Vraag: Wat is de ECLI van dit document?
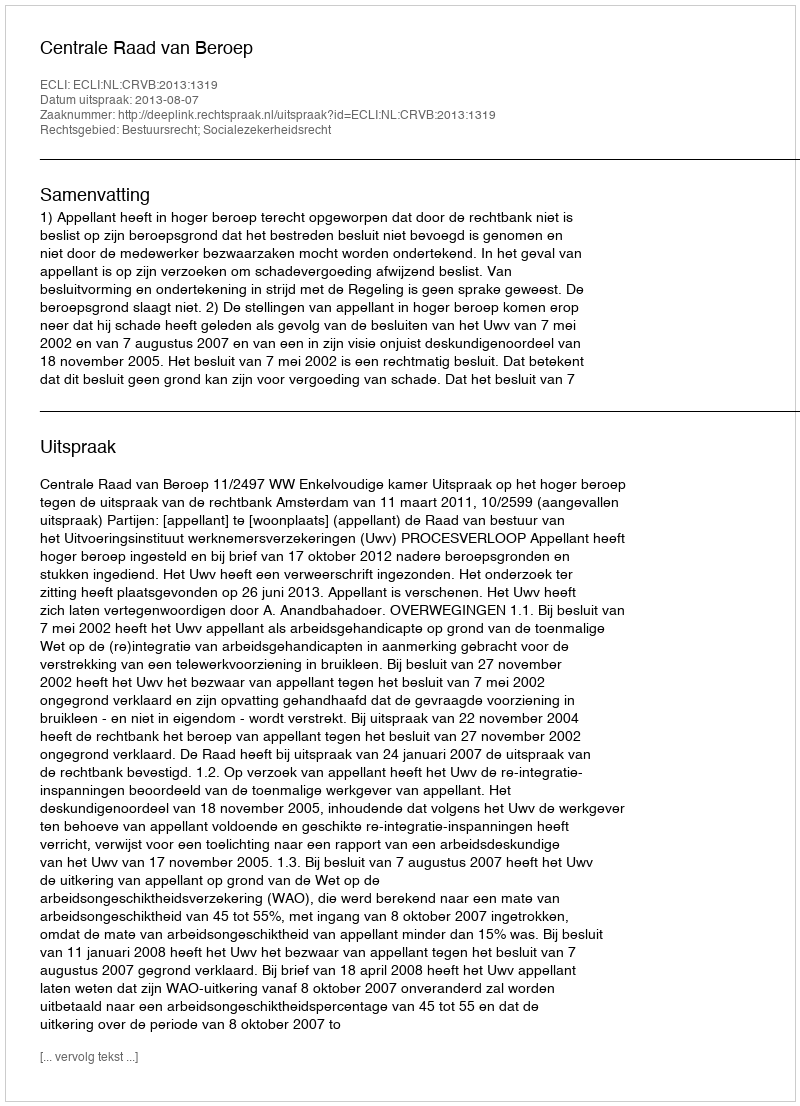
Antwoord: ECLI:NL:CRVB:2013:1319